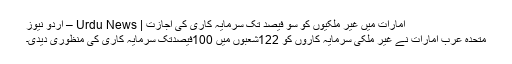
امارات میں غیر ملکیوں کو سو فیصد تک سرمایہ کاری کی اجازت | Urdu News – اردو نیوز
متحدہ عرب امارات نے غیر ملکی سرمایہ کاروں کو 122شعبوں میں 100فیصدتک سرمایہ کاری کی منظوری دیدی۔